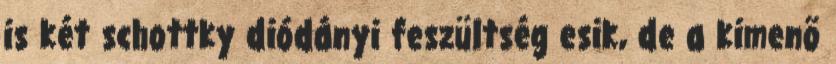
is két schottky diódányi feszültség esik, de a kimenõ